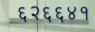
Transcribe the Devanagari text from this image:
६२६६४१